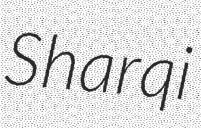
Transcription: Sharqi